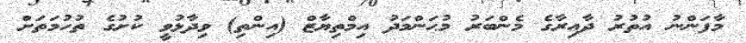
މާފަންނު އުތުރު ދާއިރާގެ މެންބަރު މުޙަންމަދު އިމްތިޔާޒް (އިންތި) ވިދާޅުވީ ކުށުގެ ތުހުމަތަށް